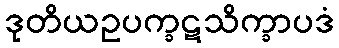
ဒုတိယဥပက္ခဋသိက္ခာပဒံ